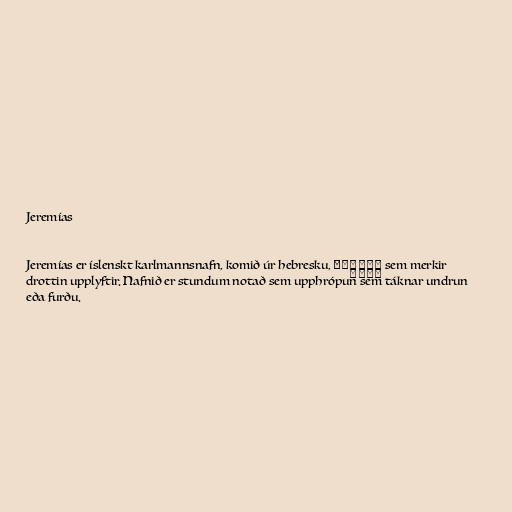
Jeremías

Jeremías er íslenskt karlmannsnafn, komið úr hebresku, יִרְמְיָהוּ sem merkir
drottin upplyftir. Nafnið er stundum notað sem upphrópun sem táknar undrun
eða furðu.